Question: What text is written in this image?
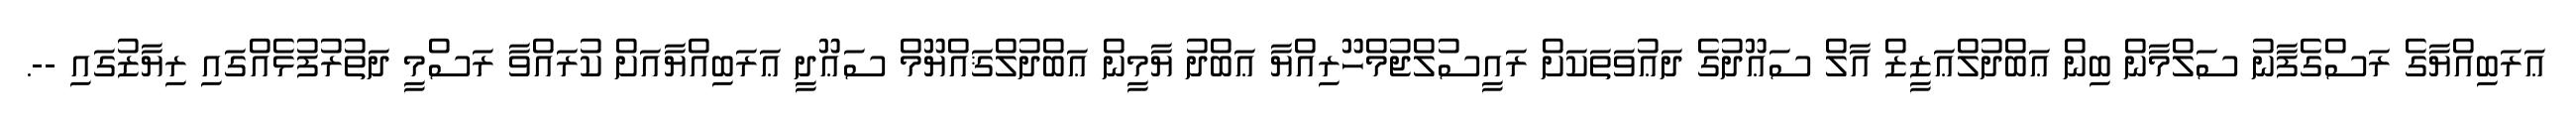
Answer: ޢަރަބިއްޔާގެ ރަސްގެފާނު ސަލްމާން ބިން ޢަބްދުލްޢަޒީޒް އާލް ސަޢޫދުގެ ދަޢުވަތަކަށް ރައީސުލްޖުމްހޫރިއްޔާ ޢަބްދު ޔާމީން ޢަބްދުލްޤައްޔޫމް ސަޢޫދީ ޢަރަބިއްޔާއަށް ކުރައްވާ ރަސްމީ ދަތުރުފުޅެއްގައި ރިޔާޒުގައި --.